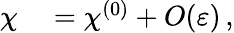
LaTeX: \begin{array}{rl}{\mathbf{\chi}}&{{}=\mathbf{\chi}^{(0)}+{O}\! \left({\varepsilon}\right)\, ,}\end{array}